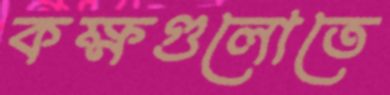
কক্ষগুলোতে